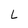
Character: L